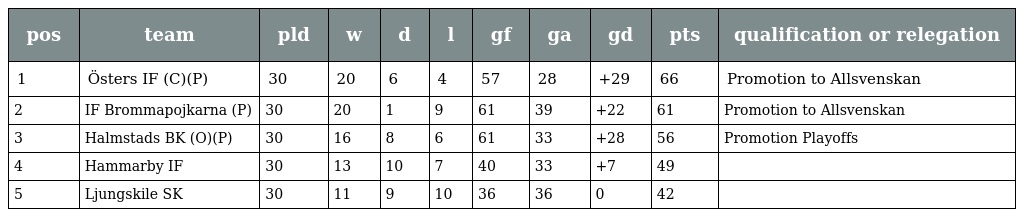
| pos | team | pld | w | d | l | gf | ga | gd | pts | qualification or relegation |
 | --- | --- | --- | --- | --- | --- | --- | --- | --- | --- | --- |
 | 1 | Östers IF (C)(P) | 30 | 20 | 6 | 4 | 57 | 28 | +29 | 66 | Promotion to Allsvenskan |
 | 2 | IF Brommapojkarna (P) | 30 | 20 | 1 | 9 | 61 | 39 | +22 | 61 | Promotion to Allsvenskan |
 | 3 | Halmstads BK (O)(P) | 30 | 16 | 8 | 6 | 61 | 33 | +28 | 56 | Promotion Playoffs |
 | 4 | Hammarby IF | 30 | 13 | 10 | 7 | 40 | 33 | +7 | 49 |  |
 | 5 | Ljungskile SK | 30 | 11 | 9 | 10 | 36 | 36 | 0 | 42 |  |